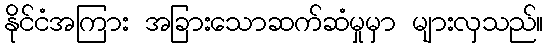
နိုင်ငံအကြား အခြားသောဆက်ဆံမှုမှာ များလှသည်။